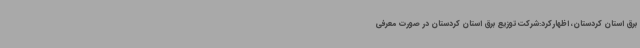
برق استان کردستان، اظهارکرد:شرکت توزیع برق استان کردستان در صورت معرفی